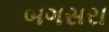
બગસરા